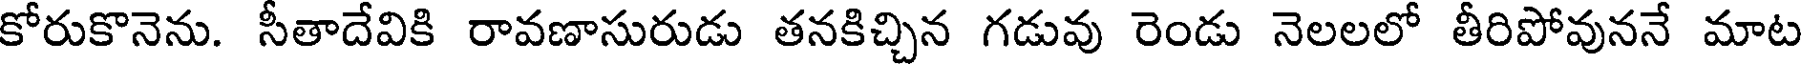
కోరుకొనెను. సీతాదేవికి రావణాసురుడు తనకిచ్చిన గడువు రెండు నెలలలో తీరిపోవుననే మాట